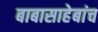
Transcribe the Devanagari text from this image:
बाबासाहेबांच